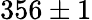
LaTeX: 356\pm 1